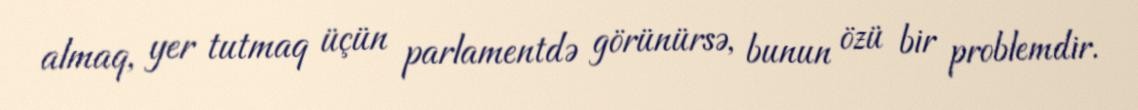
almaq, yer tutmaq üçün parlamentdə görünürsə, bunun özü bir problemdir.